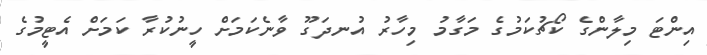
އިންޓަ މިލާންގެ ކޯޗުކަމުގެ މަގާމު މިހާރު އުނދަގޫ ވާނެކަމަށް ހީނުކުރާ ކަމަށް އެޓީމުގެ